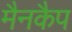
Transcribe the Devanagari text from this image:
मैनकैप